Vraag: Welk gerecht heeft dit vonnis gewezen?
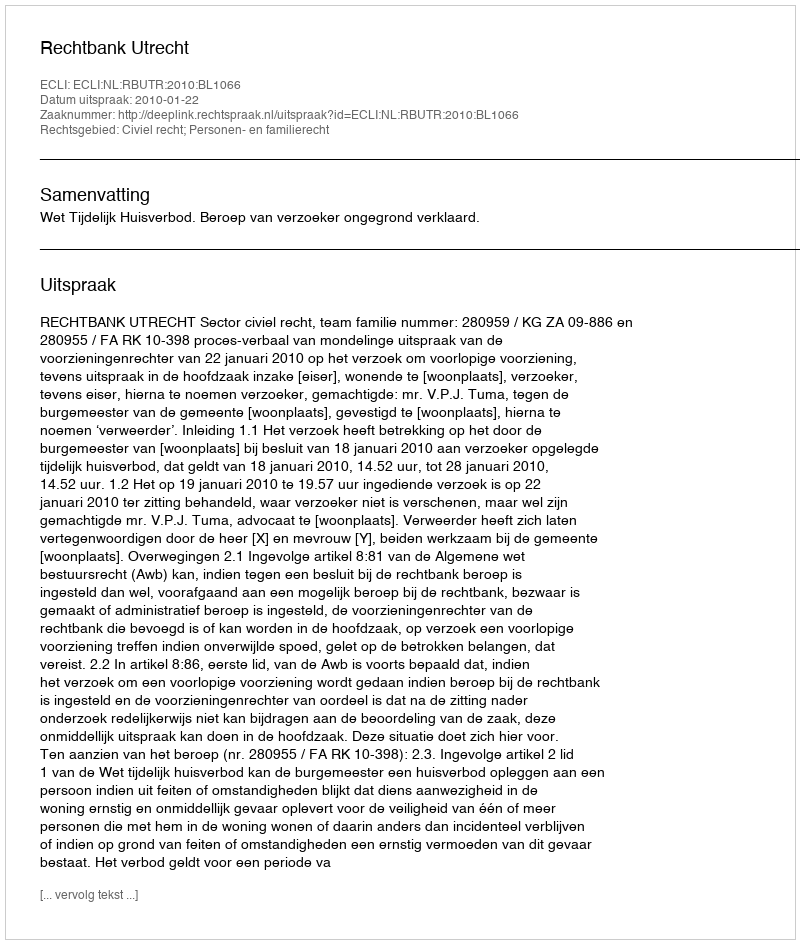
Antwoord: Rechtbank Utrecht